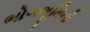
ભોગભૂમિનો